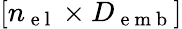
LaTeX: [{n_{\mathrm{~e~l~}}}\times{D_{\mathrm{~e~m~b~}}}]